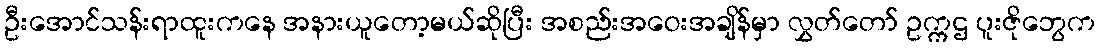
ဦးအောင်သန်းရာထူးကနေ အနားယူတော့မယ်ဆိုပြီး အစည်းအဝေးအချိန်မှာ လွှတ်တော် ဥက္ကဌ ပူးဇိုဘွေက